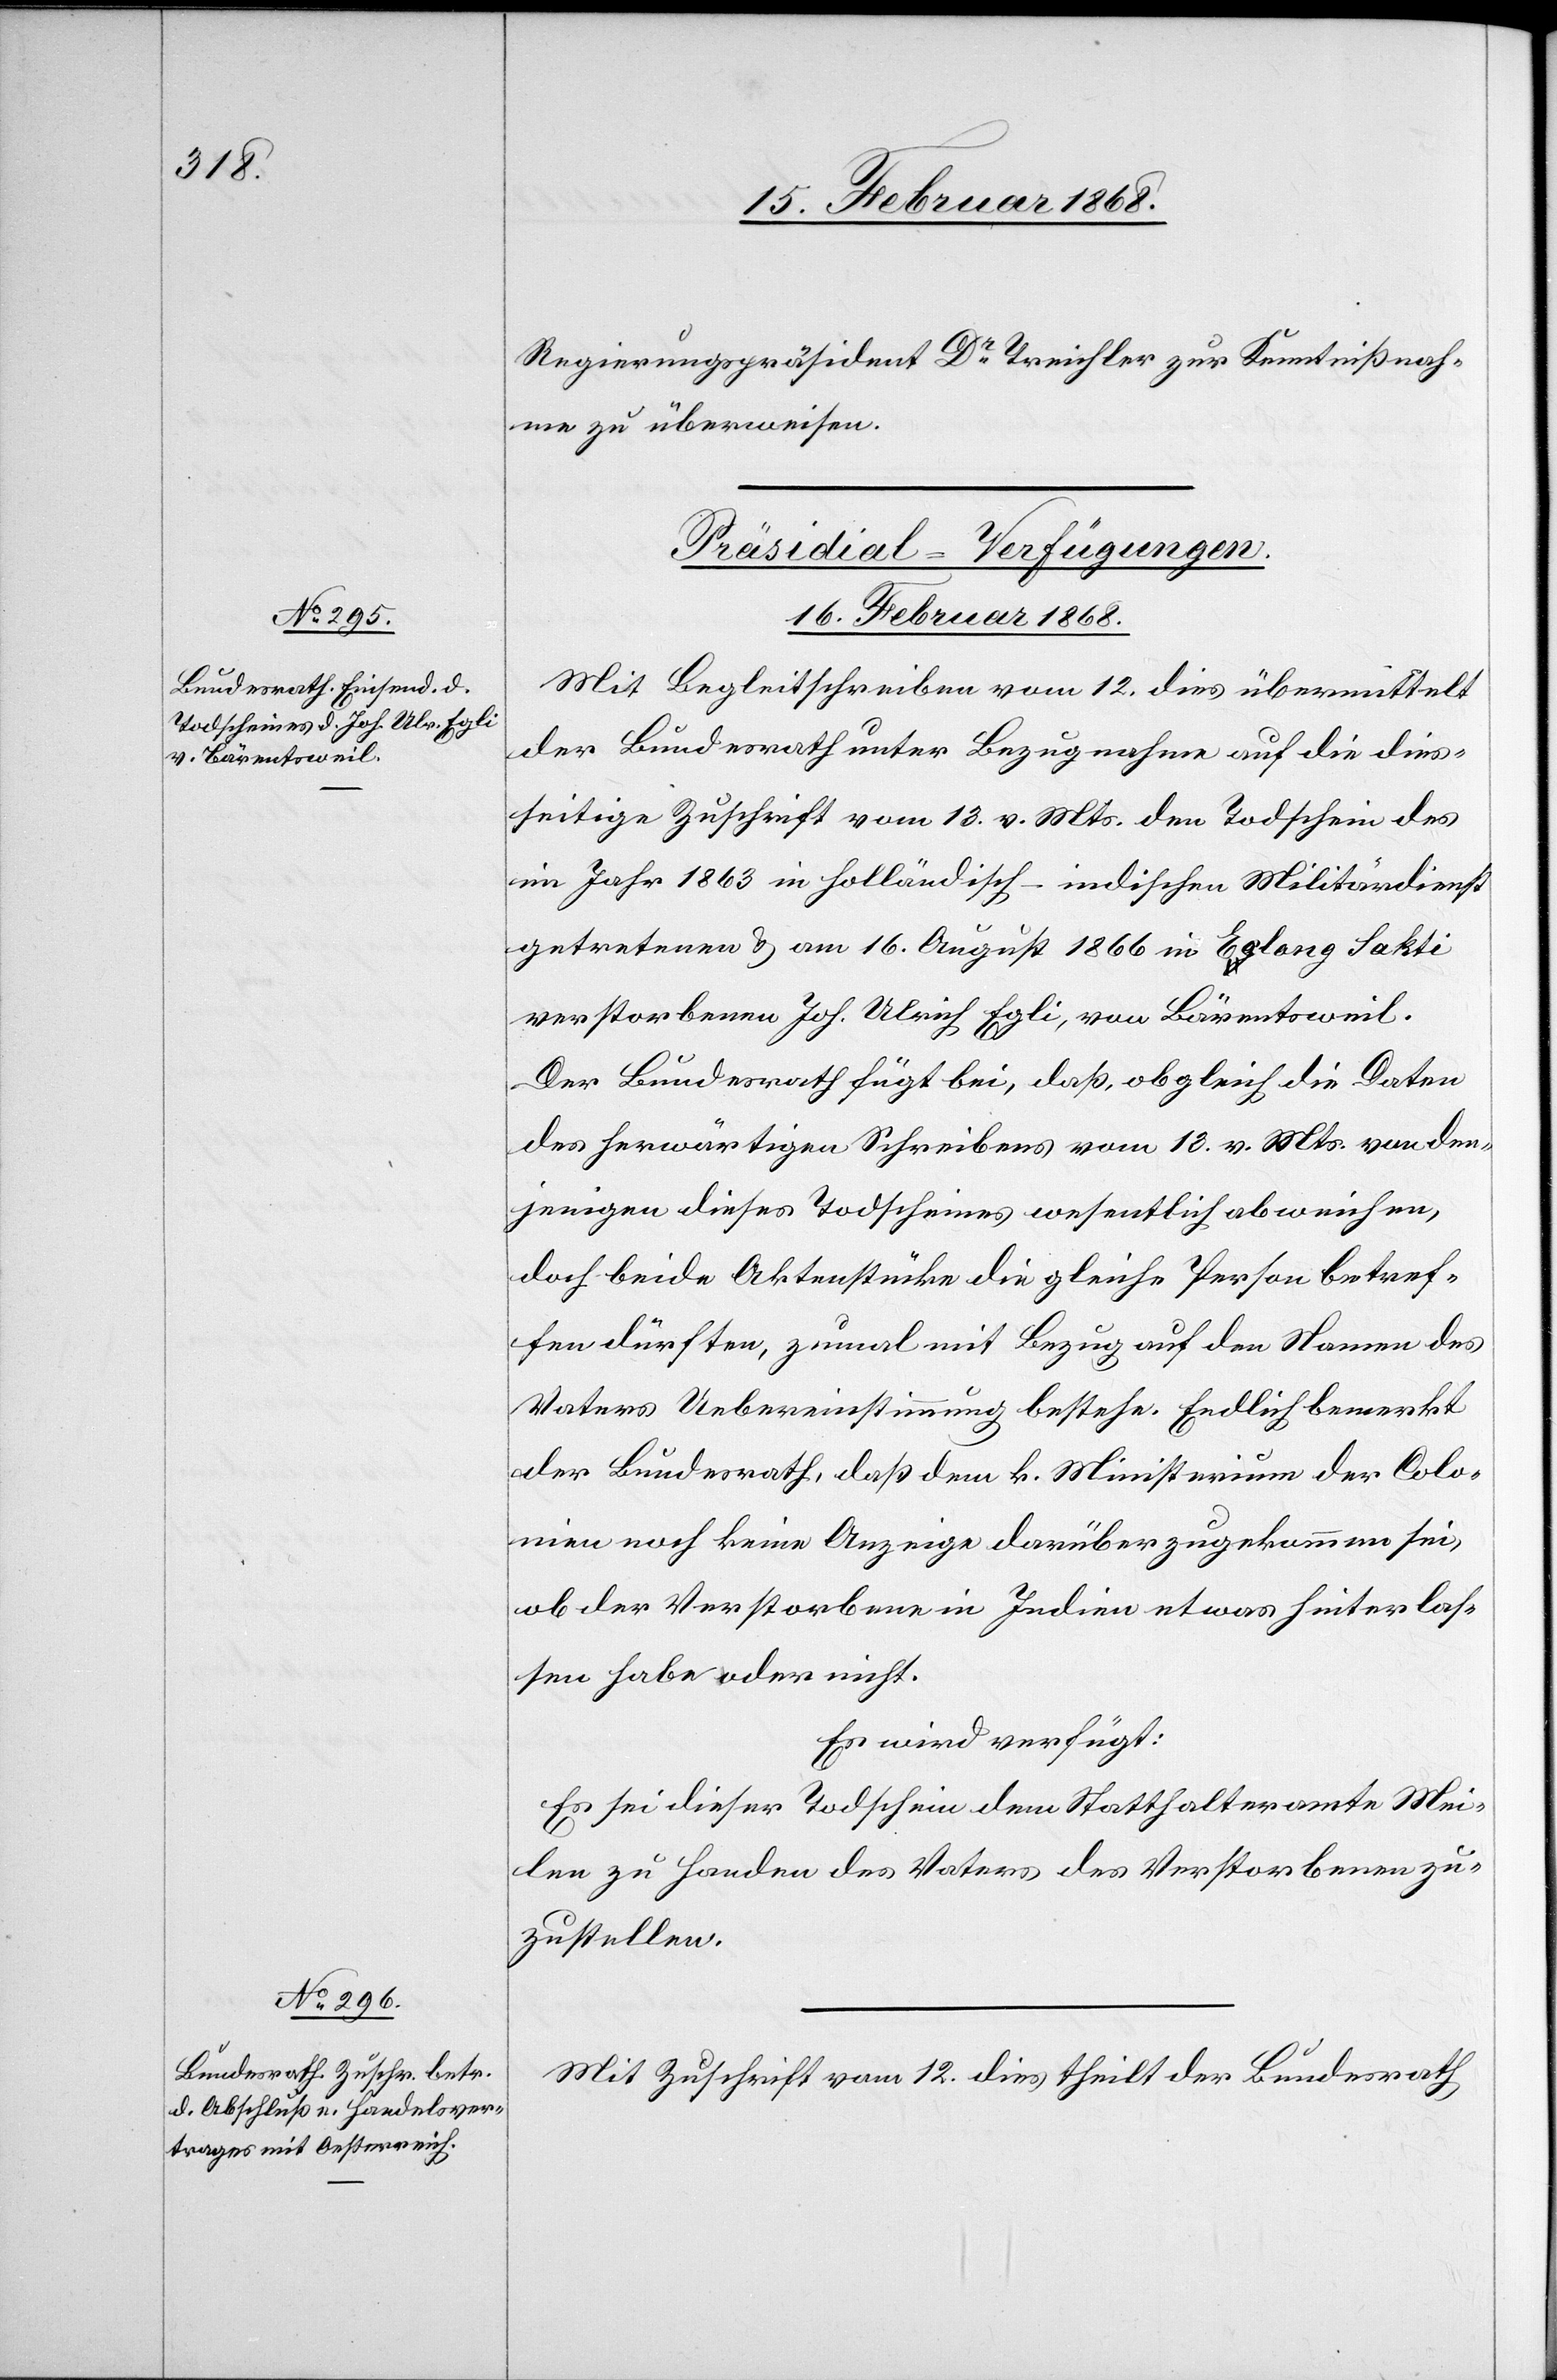
Regierungspräsident Dr. Treichler zur Kenntnißnah¬
me zu überweisen.
[Präsidial-Verfügungen.
16. Februar 1868.]
Mit Begleitschreiben vom 12. dies übermittelt
der Bundesrath unter Bezugnahme auf die dies¬
seitige Zuschrift vom 13. v. Mts. den Todschein des
im Jahr 1863 in holländisch-indischen Militärdienst
getretenen & am 16. August 1866 in E[?o]long Sakti
verstorbenen Joh. Ulrich Egli, von Bärentsweil.
Der Bundesrath fügt bei, daß, obgleich die Daten
des herwärtigen Schreibens vom 13. v. Mts. von den¬
jenigen dieses Todscheines wesentlich abweichen,
doch beide Aktenstücke die gleiche Person betref¬
fen dürften, zumal mit Bezug auf den Namen des
Vaters Uebereinstimmung bestehe. Endlich bemerkt
der Bundesrath, daß dem k. Ministerium der Colo¬
nien noch keine Anzeige darüber zugekommen sei,
ob der Verstorbene in Indien etwas hinterlas¬
sen habe oder nicht.
Es wird verfügt:
Es sei dieser Todschein dem Statthalteramte Mei¬
len zu Handen des Vaters des Verstorbenen zu¬
zustellen.
Mit Zuschrift vom 12. dies theilt der Bundesrath